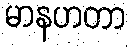
မာနဟတာ